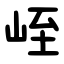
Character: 峌